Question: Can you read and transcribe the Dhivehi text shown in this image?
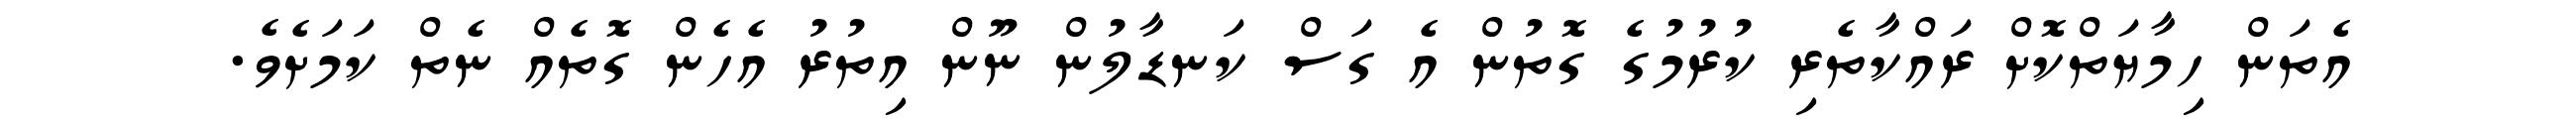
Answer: އެތަން ހިމާޔަތްކޮށް ރައްކާތެރި ކުރުމުގެ ގޮތުން އެ ގަސް ކަނޑާލުން ނޫން އިތުރު އެހެން ގޮތެއް ނެތް ކަމަށެވެ.